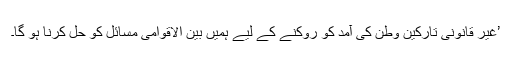
’غیر قانونی تارکین وطن کی آمد کو روکنے کے لیے ہمیں بین الاقوامی مسائل کو حل کرنا ہو گا۔